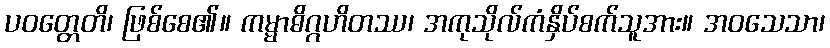
ပဝတ္တေတိ၊ ဖြစ်စေ၏။ ကမ္မာဓိဂ္ဂဟိတဿ၊ အကုသိုလ်ကံနှိပ်စက်သူအား။ အဝသေသာ၊